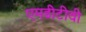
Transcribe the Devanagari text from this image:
एमडीटीवी